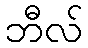
ဘီလ်